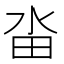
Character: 畓